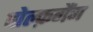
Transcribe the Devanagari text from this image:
वोल्फ़गैंग